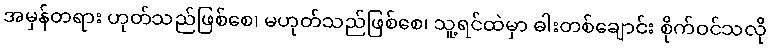
အမှန်တရား ဟုတ်သည်ဖြစ်စေ၊ မဟုတ်သည်ဖြစ်စေ၊ သူ့ရင်ထဲမှာ ဓါးတစ်ချောင်း စိုက်ဝင်သလို